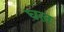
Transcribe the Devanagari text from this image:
घल